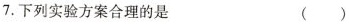
7.下列实验方案合理的是 ()